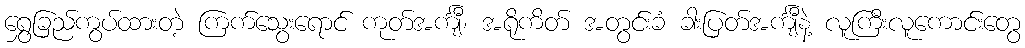
ရွှေခြည်ကွပ်ထားတဲ့ ကြက်သွေးရောင် ကုတ်အင်္ကျီ၊ အရိုကိတ် အတွင်းခံ ခါးပြတ်အင်္ကျီနဲ့ လူကြီးလူကောင်းတွေ